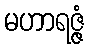
မဟာရဇ္ဇံ